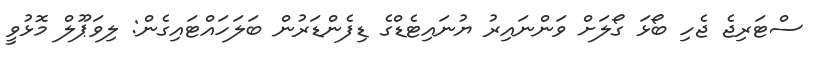
ސްޓަރިޖެ ޖެހި ބޯޅަ ގޯލަށް ވަންނައިރު ޔުނައިޓެޑްގެ ޑިފެންޑަރުން ބަލަހައްޓައިގެން: ލިވަޕޫލް މޮޅުވީ